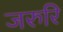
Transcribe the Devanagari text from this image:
जरुरि